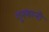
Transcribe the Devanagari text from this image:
गुरुबानी